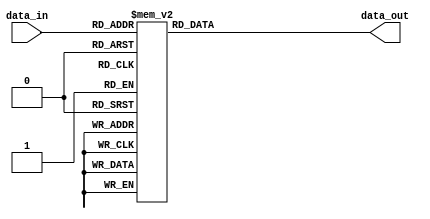
module Transcodor(
	input [3:0] data_in,
	output reg [6:0] data_out
	);
						
	always@(*)
	case(data_in)
										
		4'h0 : data_out = 7'b1000000;   //0
	   4'h1 : data_out = 7'b1111001;   //1
		4'h2 : data_out = 7'b0100100;   //2
		4'h3 : data_out = 7'b0110000;   //3
		4'h4 : data_out = 7'b0011011;	  //4
		4'h5 : data_out = 7'b0010010;   //5
		4'h6 : data_out = 7'b0000010;	  //6
		4'h7 : data_out = 7'b1111000;   //7
		4'h8 : data_out = 7'b0000000;   //8
		4'h9 : data_out = 7'b0010000;   //9
		4'hA : data_out = 7'b0001000;   //A
		4'hB : data_out = 7'b0000011;	  //B
		4'hC : data_out = 7'b1000110;   //C
		4'hD : data_out = 7'b1000000;   //D
		4'hE : data_out = 7'b0000110;   //E
		4'hF : data_out = 7'b0001110;   //F
		
		default : data_out = 7'b0111111;
		
	endcase
endmodule